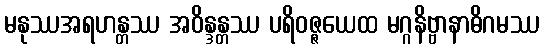
မနုဿအရဟန္တဿ အဝိန္ဒန္တဿ ပရိဝဇ္ဇယေထ မဂ္ဂနိဗ္ဗာနာဓိဂမဿ